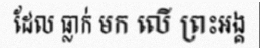
ដែល ធ្លាក់ មក លើ ព្រះឣង្គ